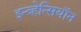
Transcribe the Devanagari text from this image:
इन्व्हेन्सियॉन